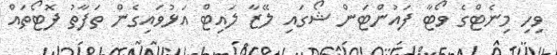
ވިހި މިނެޓްގެ ވޯޓާ ފައުންޓަން ޝޯގައި ލޭޒާ ލައިޓް އަޅުވައިގެން ތަފާތު ފޮޓޯތައް